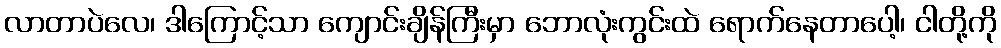
လာတာပဲလေ၊ ဒါကြောင့်သာ ကျောင်းချိန်ကြီးမှာ ဘောလုံးကွင်းထဲ ရောက်နေတာပေါ့၊ ငါတို့ကို